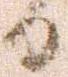
日